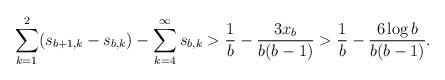
LaTeX: \begin{align*}\sum_{k=1}^2 (s_{b+1,k} - s_{b,k}) - \sum_{k=4}^\infty s_{b,k} > \frac{1}{b} - \frac{3x_b}{b(b-1)} > \frac{1}{b} - \frac{6\log b}{b(b-1)}.\end{align*}